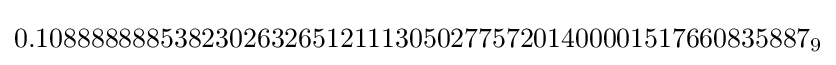
{0.10888888853823026326512111305027757201400001517660835887}_{9}